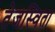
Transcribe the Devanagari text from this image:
तेजस्‍विता